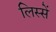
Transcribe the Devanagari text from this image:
लिस्सें